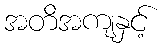
အတိအကျနှင့်